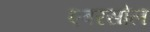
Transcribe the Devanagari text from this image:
एबरसोल